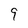
Character: 9